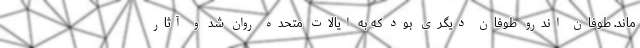
ماند. طوفان اندرو طوفان دیگری بود که به ایالات متحده روان شد و آثار